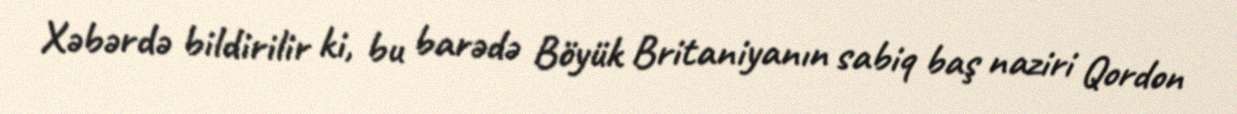
Xəbərdə bildirilir ki, bu barədə Böyük Britaniyanın sabiq baş naziri Qordon